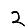
Digit: 2